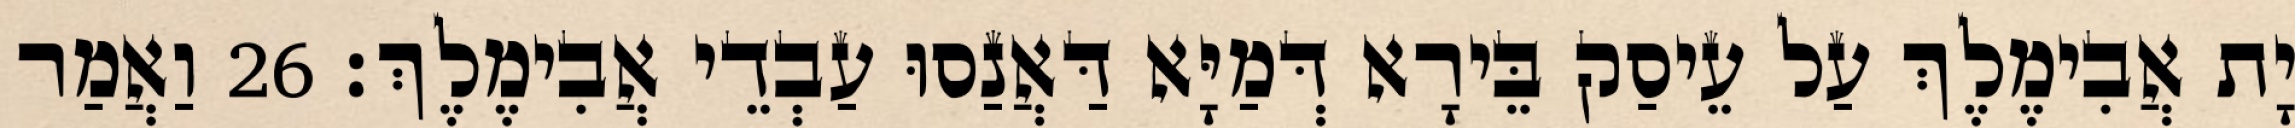
יָת אֲבִימֶלֶךְ עַל עֵיסַק בֵּירָא דְּמַיָּא דַּאֲנַסוּ עַבְדֵי אֲבִימֶלֶךְ׃ 26 וַאֲמַר